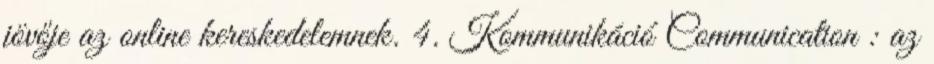
jövője az online kereskedelemnek. 4. Kommunikáció Communication : az